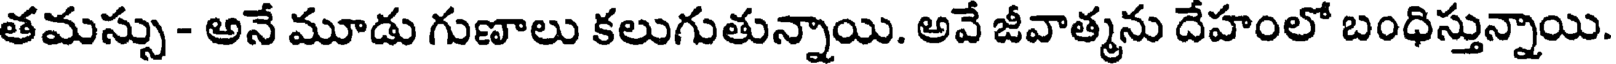
తమస్సు - అనే మూడు గుణాలు కలుగుతున్నాయి. అవే జీవాత్మను దేహంలో బంధిస్తున్నాయి.